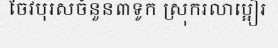
ចែវបុរសចំនួន៣ទូក ស្រុករលាប្អៀរ